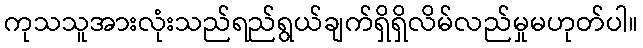
ကုသသူအားလုံးသည်ရည်ရွယ်ချက်ရှိရှိလိမ်လည်မှုမဟုတ်ပါ။